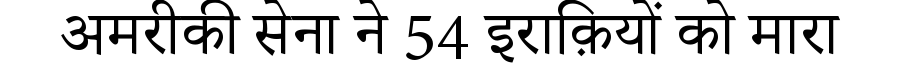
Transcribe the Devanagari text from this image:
अमरीकी सेना ने 54 इराक़ियों को मारा